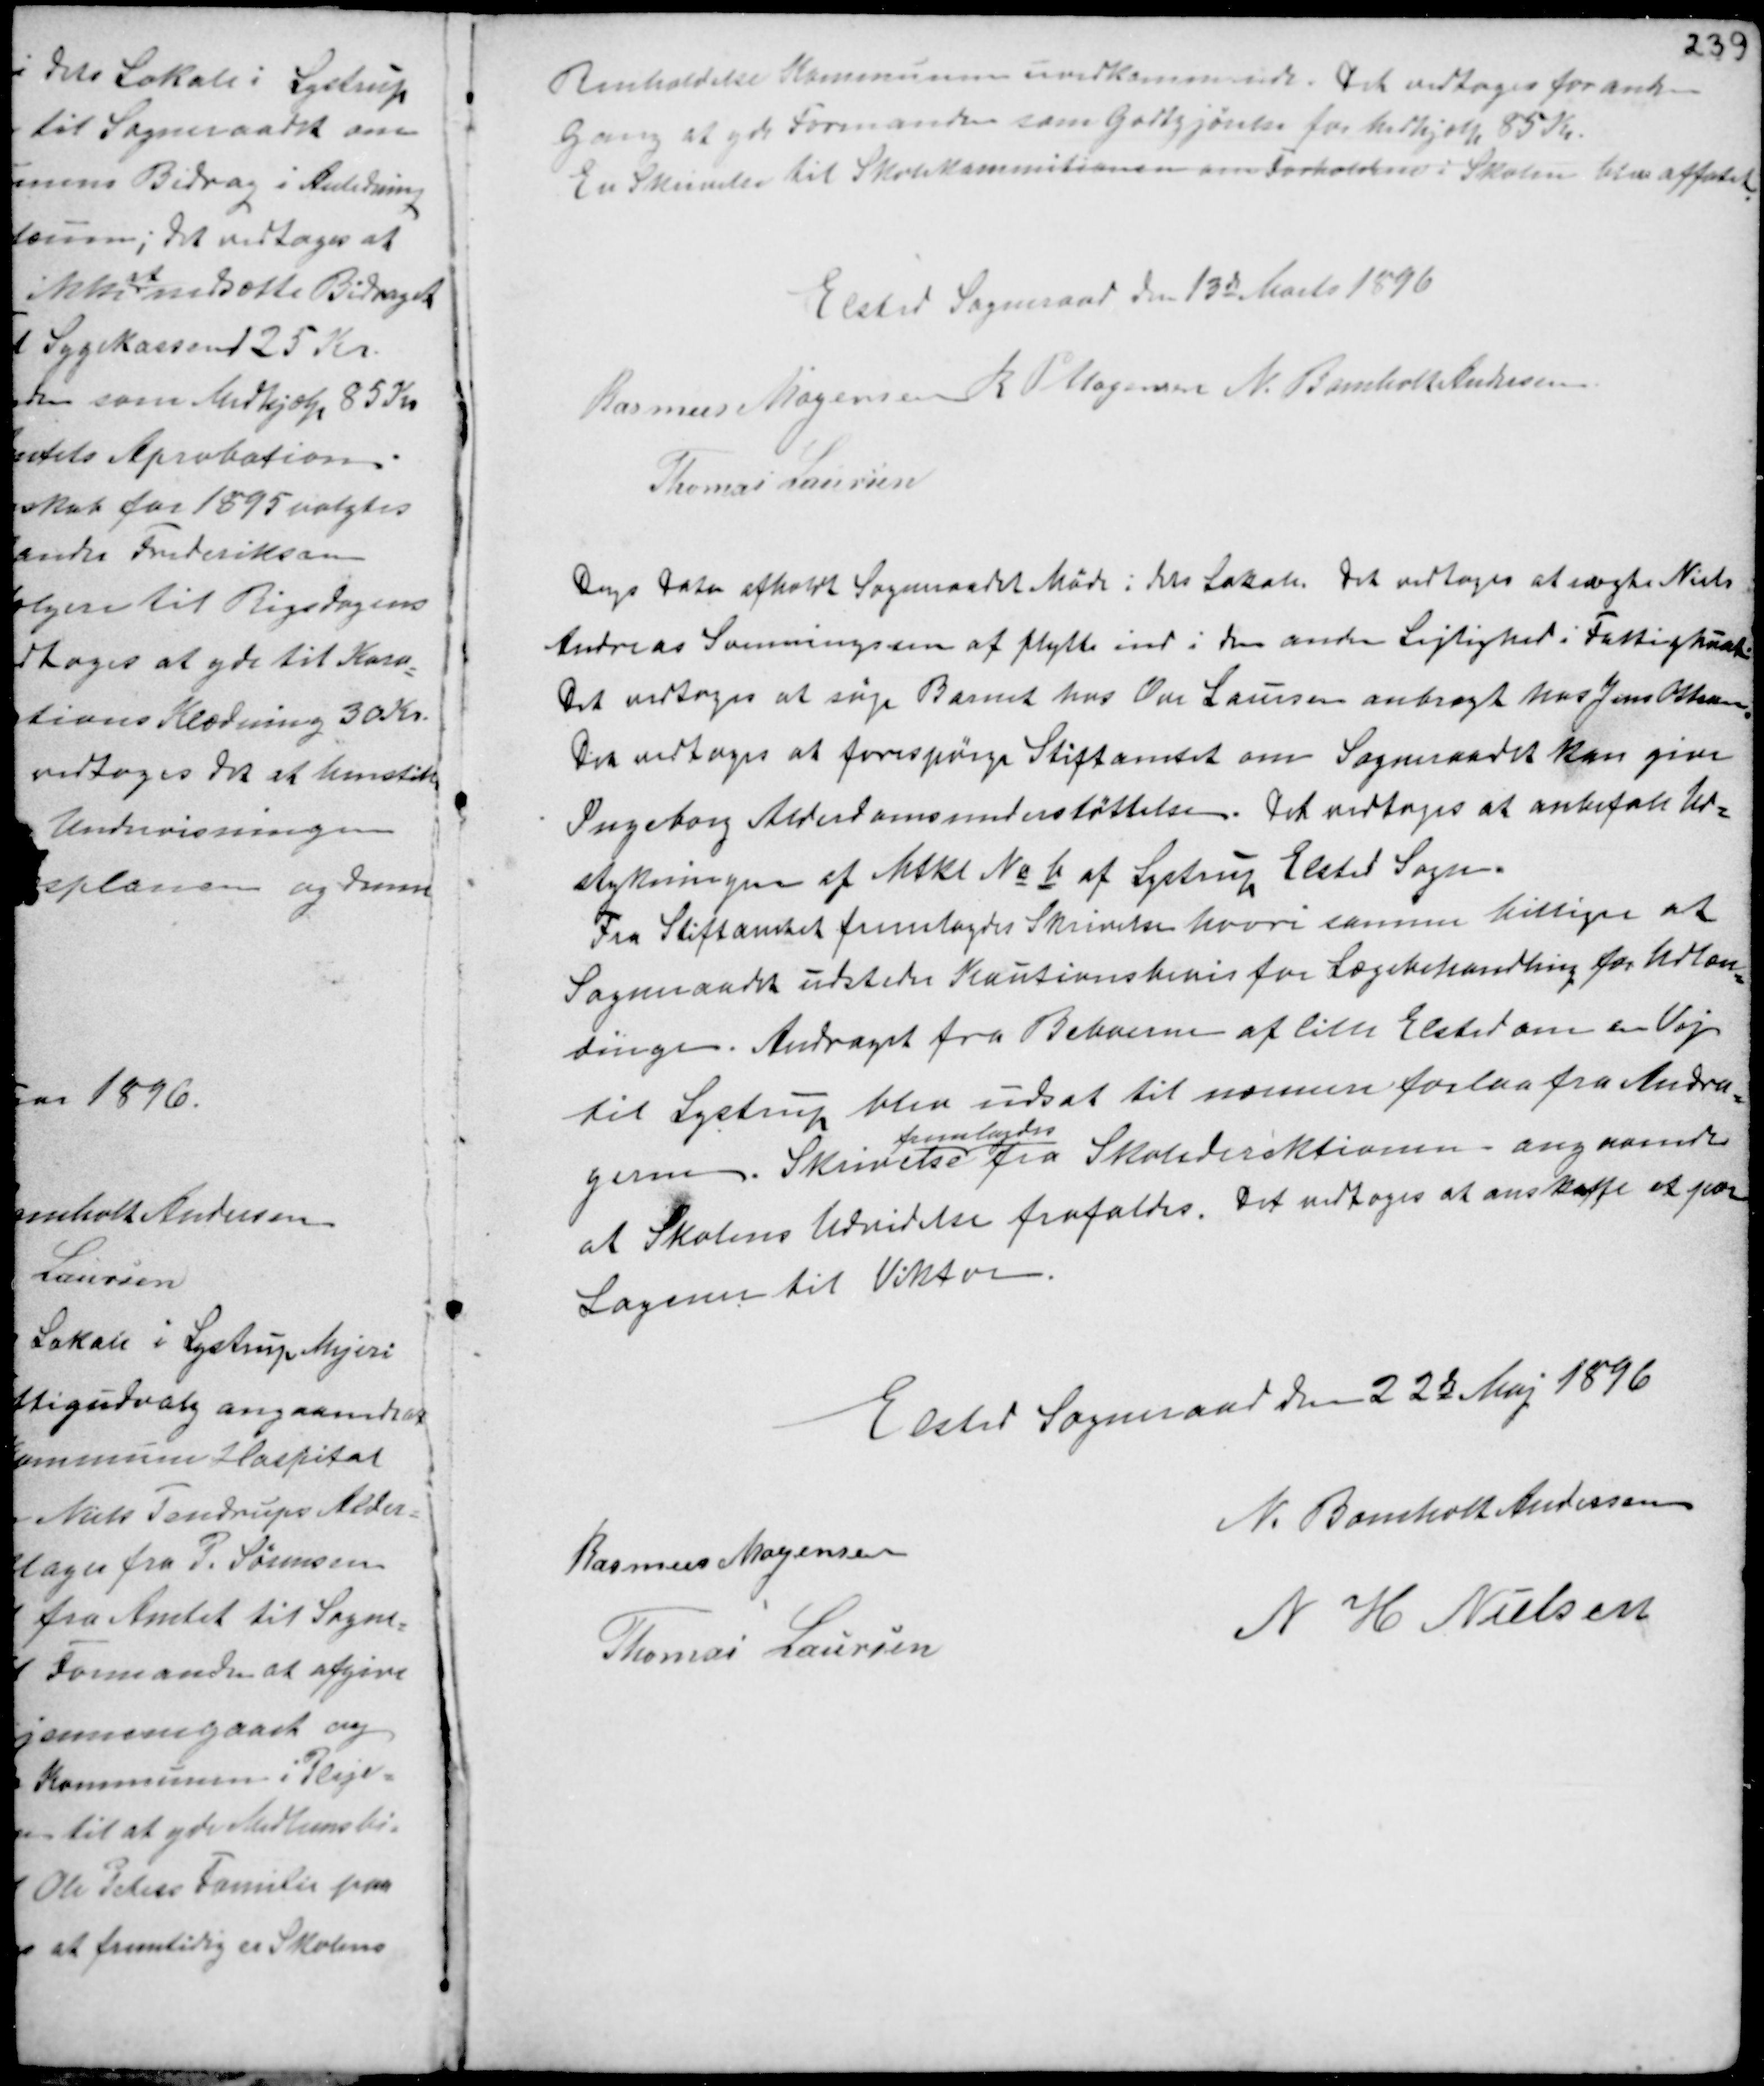
Transskription:
Renholdelse Kommunen uvedkommende. Det vedtoges for anden
Gang at yde Formanden som Godtgjørelse for Medhjælp 85 Kr.
En Skrivelse til Skolekommitionen om Forholdene i Skolen blev affatet.

Elsted Sogneraad den 13de Marts 1896
Rasmus Mogensen R P Mogensen N. Bomholt Andersen
Thomas Laursen

Dags Dato afholdt Sogneraadet Møde i dets Lokale. Det vedtoges at nægte Niels
Andreas Svenningssen at flytte ind i den anden Lejlighed i Fattighuset.
Det vedtoges at søge Barnet hos Ove Laursen anbragt hos Jens Ottesen.
Det vedtoges at forespørge Stiftamtet om Sogneraadet kan give
Ingeborg Alderdomsunderstøttelsen. Det vedtoges at anbefale Ud-
stykningen af Mtkl. No b af Lystrup Elsted Sogn.
Fra Stiftamtet fremlagdes Skrivelse hvori samme billiger at
Sogneraadet udsteder Kautionsbevis for Lægebehandling for Udlæn-
dinge. Andraget fra Beboerne af lille Elsted om en Vej
til Lystrup blev udsat til nærmere forelaa fra Andra-
gerne. Skrivelse
fremlagdes
fra Skoledirektionen angaaende
at Skolens Udvidelse frafaldes. Det vedtoges at anskaffe et par
Lagener til Viktor.

Elsted Sogneraad den 22de Maj 1896
Rasmus Mogensen
N. Bomholt Andersen
Thomas Laursen
N H Nielsen